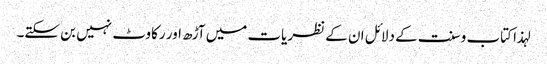
لہذا کتاب وسنت کے دلائل ان کے نظریات میں آڑھ اور رکاوٹ نہیں بن سکتے۔